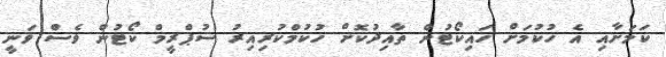
ކަމަށާއި އެ ހުކުމަށް ހައިކޯޓުން ތާއިދުކޮށް ހުކުމްކުރިއިރު ސުޕްރީމް ކޯޓުން ވެސް ވަނީ